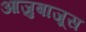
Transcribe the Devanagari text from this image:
आजुबाजूस